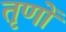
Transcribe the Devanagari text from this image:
तृणों